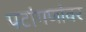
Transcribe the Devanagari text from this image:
पटांगणांवर